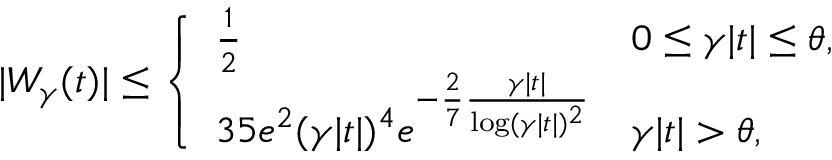
| W _ { \gamma } ( t ) | \leq \left\{ \begin{array} { l l } { \frac { 1 } { 2 } } & { 0 \leq \gamma | t | \leq \theta , } \\ { 3 5 e ^ { 2 } ( \gamma | t | ) ^ { 4 } e ^ { - \frac { 2 } { 7 } \frac { \gamma | t | } { \log ( \gamma | t | ) ^ { 2 } } } } & { \gamma | t | > \theta , } \end{array} \right.